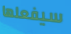
سيفعلها